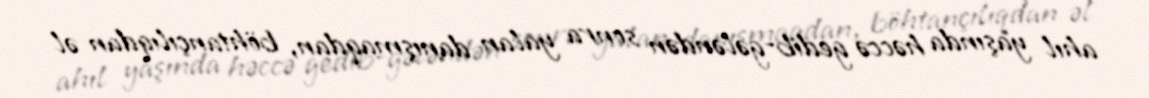
ahıl yaşında həccə gedib-gələndən sonra yalan danışmaqdan, böhtançılıqdan əl